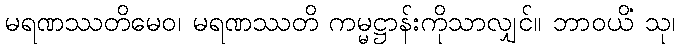
မရဏဿတိမေဝ၊ မရဏဿတိ ကမ္မဋ္ဌာန်းကိုသာလျှင်။ ဘာဝယိံ သု၊